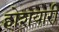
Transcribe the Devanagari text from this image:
होशयारी